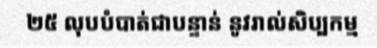
២៥ លុបបំបាត់ជាបន្ទាន់ នូវរាល់សិប្បកម្ម